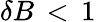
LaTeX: \delta B\, <\, 1